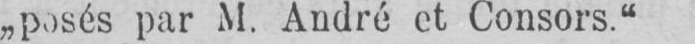
posés par M. André et Consors.“